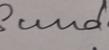
Signature authenticity: genuine